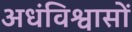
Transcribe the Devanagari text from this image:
अधंविश्वासों